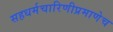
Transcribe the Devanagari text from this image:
सहधर्मचारिणीप्रमाणेच